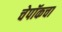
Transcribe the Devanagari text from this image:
चेपॉकचा